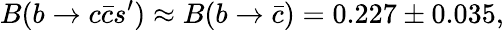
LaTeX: B(b\rightarrow c\bar{c}s^{\prime})\approx B(b\rightarrow\bar{c})=0.227\pm 0.035,